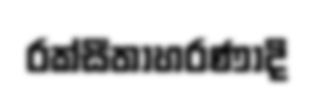
රක්සීතාහරණාදි